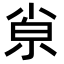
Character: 𡮂